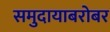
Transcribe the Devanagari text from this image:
समुदायाबरोबर